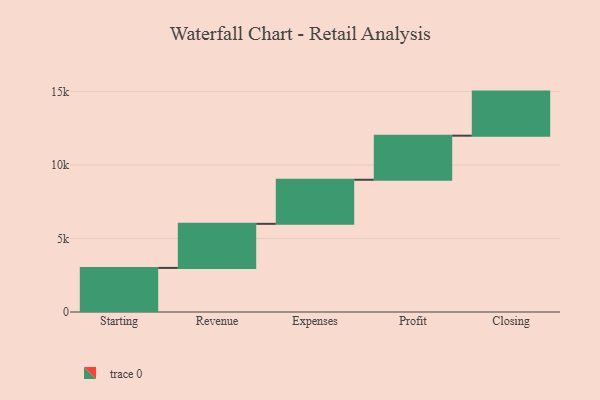
{"axis": {"x": "Step", "y": "Value"}, "legend": [""], "data": [{"x": "Starting", "y": 3000, "type": ""}, {"x": "Revenue", "y": 3000, "type": ""}, {"x": "Expenses", "y": 3000, "type": ""}, {"x": "Profit", "y": 3000, "type": ""}, {"x": "Closing", "y": 3000, "type": ""}]}